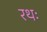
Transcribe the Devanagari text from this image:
रथः